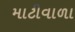
માટીવાળા